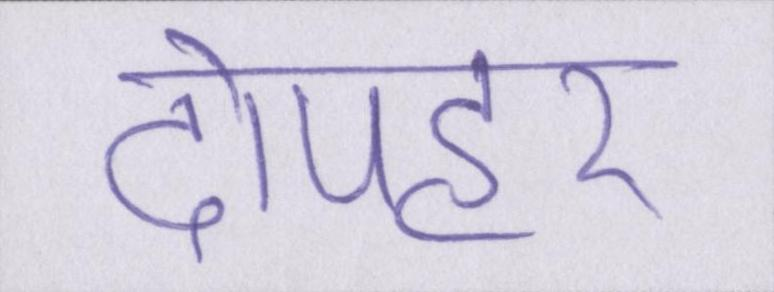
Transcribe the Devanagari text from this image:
दोपहर